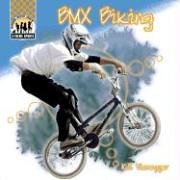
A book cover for BMX Biking (X-Treme Sports); K. E. Vieregger; Children's Books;